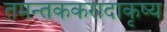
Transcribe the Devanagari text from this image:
तमन्तककरादाकृष्य